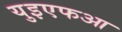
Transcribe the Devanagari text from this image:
युइएफआ